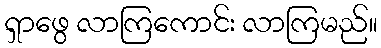
ရှာဖွေ လာကြကောင်း လာကြမည်။